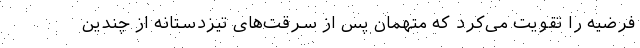
فرضیه را تقویت می‌کرد که متهمان پس از سرقت‌های تیزدستانه از چندین